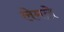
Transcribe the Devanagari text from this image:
लेमले